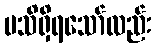
မသိရှိရသော်လည်း